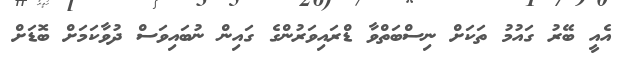
އެއީ ބޭރު ގައުމު ތަކަށް ނިސްބަތްވާ ޑްރައިވަރުންގެ ގައިން ނުބައިވަސް ދުވާކަމަށް ބޮޑަށް